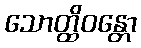
သောတ္ထိဝန္တော